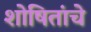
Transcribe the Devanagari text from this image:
शोषितांचे